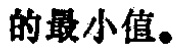
的最小值。